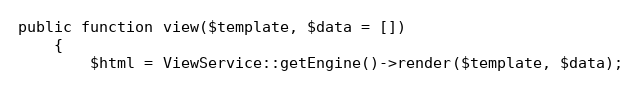
Language: PHP
public function view($template, $data = [])
    {
        $html = ViewService::getEngine()->render($template, $data);